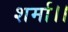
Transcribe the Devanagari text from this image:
शर्मा।।